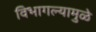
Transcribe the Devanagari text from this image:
विभागल्यामुळे